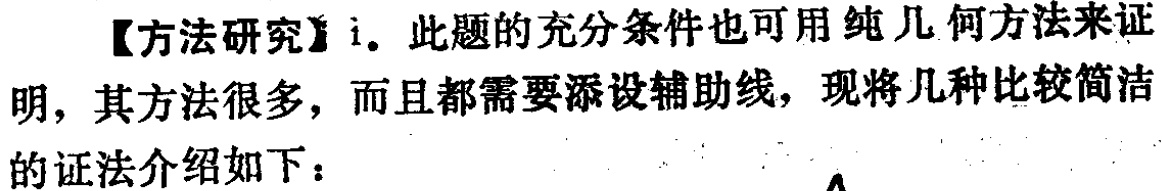
【方法研究】i. 此题的充分条件也可用纯几何方法来证明，其方法很多，而且都需要添设辅助线，现将几种比较简洁的证法介绍如下：